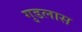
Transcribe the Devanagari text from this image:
गुडलास